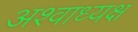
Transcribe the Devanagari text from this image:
अश्वाध्यक्ष